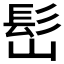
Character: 𩫺